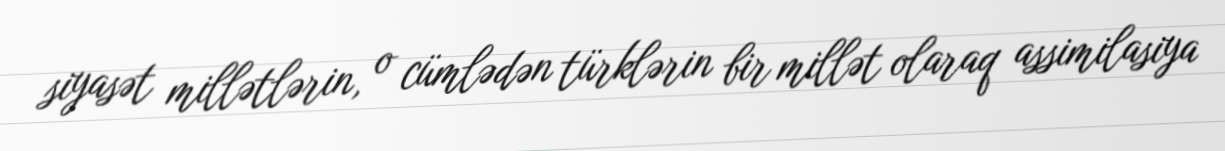
siyasət millətlərin, o cümlədən türklərin bir millət olaraq assimilasiya